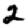
Digit: 2